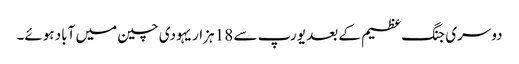
دوسری جنگ عظیم کے بعد یورپ سے 18 ہزار یہودی چین میں آباد ہوئے۔